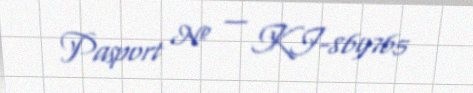
Pasport № — KI-869765